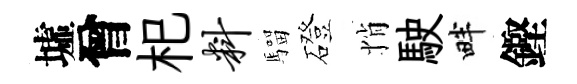
墟曾𣏌料騮磴悄駛畔鏗